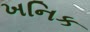
ખનિક